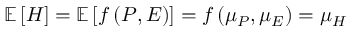
\mathop { { } \mathbb { E } } \left[ H \right] = \mathop { { } \mathbb { E } } \left[ f \left( P , E \right) \right] = f \left( \mu _ { P } , \mu _ { E } \right) = \mu _ { H }